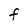
Character: F